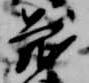
蔵